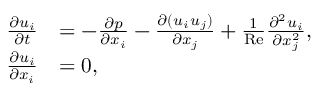
\begin{array} { r l } { \frac { \partial u _ { i } } { \partial t } } & { = - \frac { \partial p } { \partial x _ { i } } - \frac { \partial ( u _ { i } u _ { j } ) } { \partial x _ { j } } + \frac { 1 } { \mathrm { R e } } \frac { \partial ^ { 2 } u _ { i } } { \partial x _ { j } ^ { 2 } } , } \\ { \frac { \partial u _ { i } } { \partial x _ { i } } } & { = 0 , } \end{array}